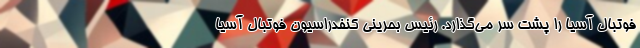
فوتبال آسیا را پشت سر می‌گذارد. رئیس بحرینی کنفدراسیون فوتبال آسیا